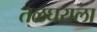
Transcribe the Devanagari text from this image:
तळघराला